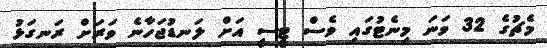
މެޗުގެ 32 ވަނަ މިނެޓުގައި ވެސް ޓީސީ އަށް ލަނޑުޖަހާނެ ވަރަށް ރަނގަޅު